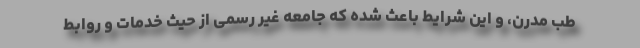
طب مدرن، و این شرایط باعث شده که جامعه غیر رسمی از حیث خدمات و روابط